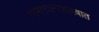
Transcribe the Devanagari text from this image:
जनगणनाशास्त्रात